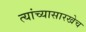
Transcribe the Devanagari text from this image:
त्यांच्यासारखेच